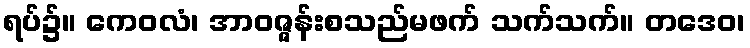
ရပ်၌။ ကေဝလံ၊ အာဝဇ္ဇန်းစသည်မဖက် သက်သက်။ တဒေဝ၊